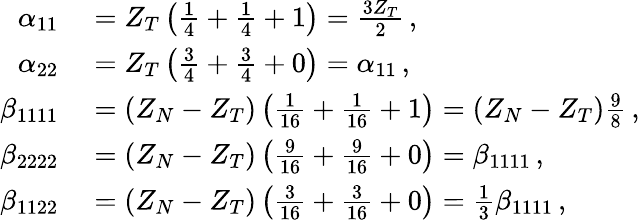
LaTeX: \begin{array}{rl}{\alpha_{11}}&{{}=Z_{T}\left(\frac{1}{4}+\frac{1}{4}+1\right)=\frac{3Z_{T}}{2}\, ,}\\ {\alpha_{22}}&{{}=Z_{T}\left(\frac{3}{4}+\frac{3}{4}+0\right)=\alpha_{11}\, ,}\\ {\beta_{1111}}&{{}=(Z_{N}-Z_{T})\left(\frac{1}{16}+\frac{1}{16}+1\right)=(Z_{N}-Z_{T})\frac{9}{8}\, ,}\\ {\beta_{2222}}&{{}=(Z_{N}-Z_{T})\left(\frac{9}{16}+\frac{9}{16}+0\right)=\beta_{1111}\, ,}\\ {\beta_{1122}}&{{}=(Z_{N}-Z_{T})\left(\frac{3}{16}+\frac{3}{16}+0\right)=\frac{1}{3}\beta_{1111}\, ,}\end{array}